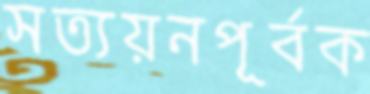
সত্যয়নপূর্বক